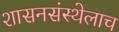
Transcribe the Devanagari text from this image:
शासनसंस्थेलाच